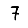
Digit: 7